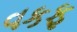
વકફ